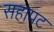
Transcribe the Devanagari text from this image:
सहापट